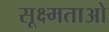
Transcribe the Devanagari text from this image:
सूक्ष्मताओ